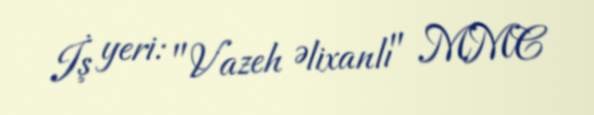
İş yeri: "Vazeh Əlixanlı" MMC